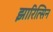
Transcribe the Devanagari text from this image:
झारित्सिन